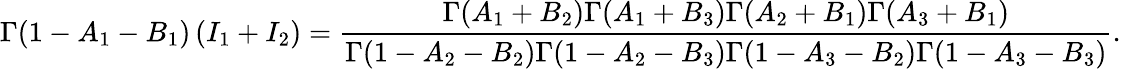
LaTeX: \Gamma(1-A_{1}-B_{1})\, (I_{1}+I_{2})=\frac{\Gamma(A_{1}+B_{2})\Gamma(A_{1}+B_{3})\Gamma(A_{2}+B_{1})\Gamma(A_{3}+B_{1})}{\Gamma(1-A_{2}-B_{2})\Gamma(1-A_{2}-B_{3})\Gamma(1-A_{3}-B_{2})\Gamma(1-A_{3}-B_{3})}.